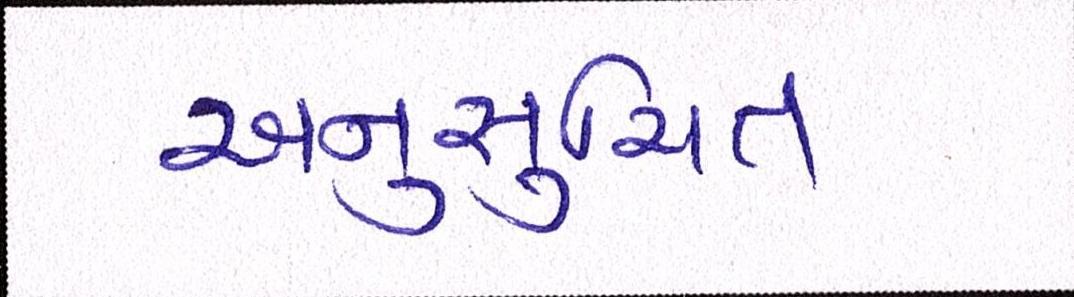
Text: અનુસુચિત